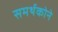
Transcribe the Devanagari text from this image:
समर्थकोने